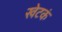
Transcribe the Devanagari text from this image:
खेटकं